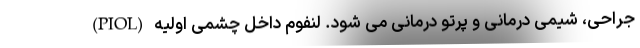
جراحی، شیمی درمانی و پرتو درمانی می شود. لنفوم داخل چشمی اولیه (PIOL)